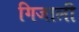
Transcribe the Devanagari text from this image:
गिजाली